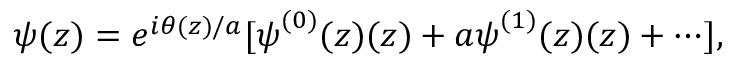
\boldsymbol { \psi } ( z ) = e ^ { i \theta ( z ) / a } [ \boldsymbol { \psi } ^ { ( 0 ) } ( z ) ( z ) + a \boldsymbol { \psi } ^ { ( 1 ) } ( z ) ( z ) + \cdots ] ,